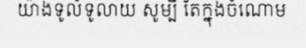
យ៉ាងទូលំទូលាយ សូម្បី តែក្នុងចំណោម